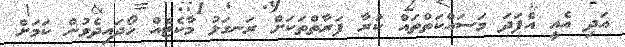
އަދި އެއީ އެފަދަ މަސައްކަތްތައް ކުރާ ފަރާތްތަކަށް ރަނގަޅު މާކެޓެއް ހޯދައިދެވުން ކަމަށް